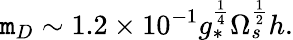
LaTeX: \mathtt{m}_{D}\sim1.2\times10^{-1}g_{*}^{\frac{{1}}{{4}}}\Omega_{s}^{\frac{{1}}{{2}}}h.